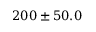
2 0 0 \pm 5 0 . 0